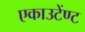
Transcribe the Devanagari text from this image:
एकाउटेंण्ट